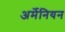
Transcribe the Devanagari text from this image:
अर्मेनियन